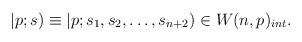
LaTeX: \begin{align*}|p;s)\equiv |p;s_1,s_2,\ldots,s_{n+2})\in W(n,p)_{int}.\end{align*}